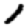
Digit: 1